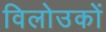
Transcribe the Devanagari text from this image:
विलोउकों